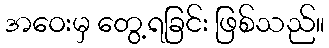
အဝေးမှ တွေ့ရခြင်း ဖြစ်သည်။